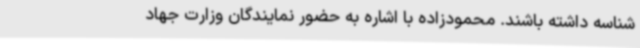
شناسه داشته باشند. محمودزاده با اشاره به حضور نمایندگان وزارت جهاد